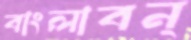
বাংলাবন্